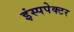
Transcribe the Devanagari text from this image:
इंस्पपेक्टर